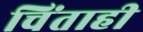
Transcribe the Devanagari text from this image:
चिंताही